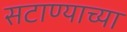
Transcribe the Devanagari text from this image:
सटाण्याच्या